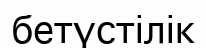
бетүстілік